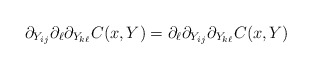
\begin{align*} \partial_{Y_{ij}}\partial_\ell\partial_{Y_{k\ell}}C(x,Y) = \partial_\ell\partial_{Y_{ij}}\partial_{Y_{k\ell}}C(x,Y)\end{align*}